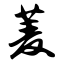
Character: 菱